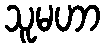
သူမဟာ